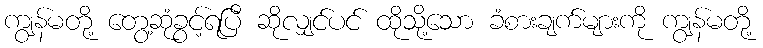
ကျွန်မတို့ တွေ့ဆုံခွင့်ရပြီ ဆိုလျှင်ပင် ထိုသို့သော ခံစားချက်များကို ကျွန်မတို့